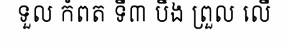
ទួល កំពត ទី៣ បឹង ព្រួល លើ